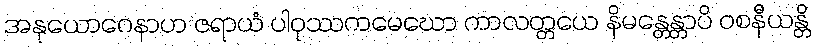
အနုယောဂေနာဟ ဇရာယံ ပါဝုဿကမေဃော ကာလတ္တယေ နိမန္တေန္တာပိ ဝစနီယန္တိ